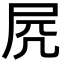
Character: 𡱂